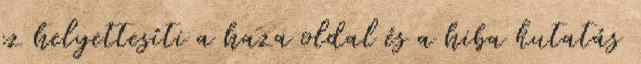
ez helyettesíti a haza oldal és a hiba kutatás